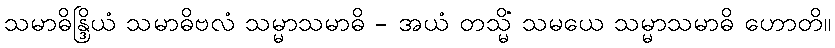
သမာဓိန္ဒြိယံ သမာဓိဗလံ သမ္မာသမာဓိ - အယံ တသ္မိံ သမယေ သမ္မာသမာဓိ ဟောတိ။